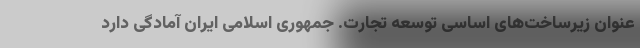
عنوان زیرساخت‌های اساسی توسعه تجارت. جمهوری اسلامی ایران آمادگی دارد